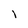
Character: l